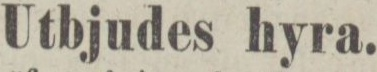
Utbjudes hyra.